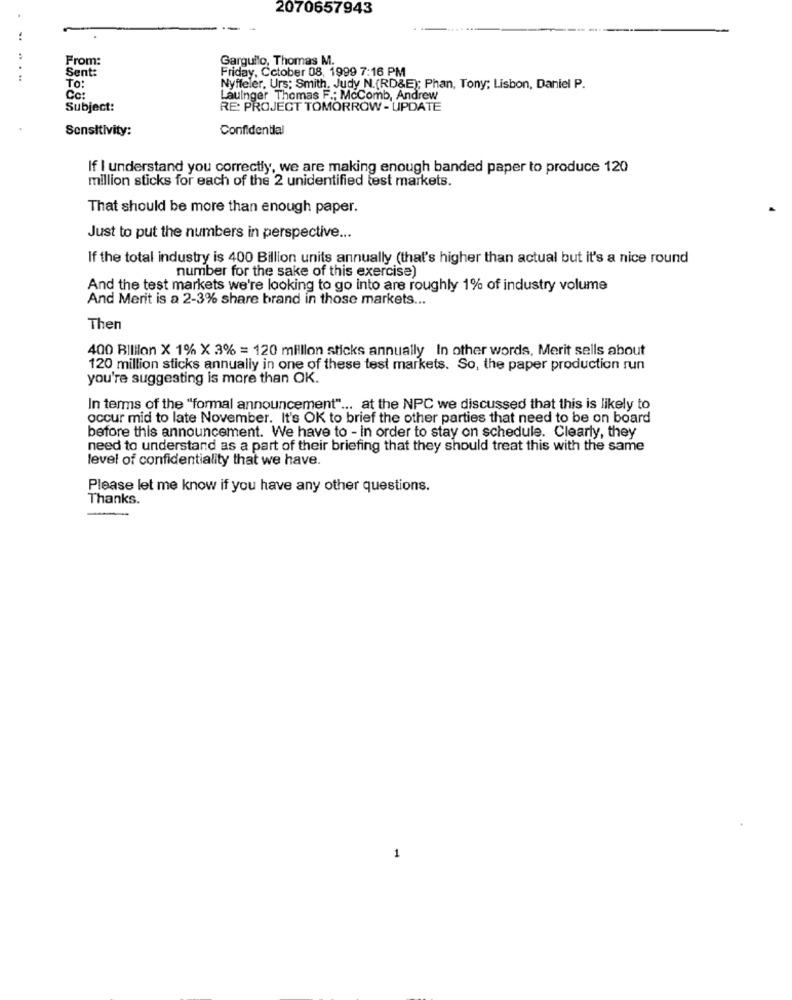
2070657943
:
From:
Garguilo, Thomas M.
Sent:
Friday, Cctober 08, 1999 7:16 PM
:
To:
Nyffeler, Urs; Smith, Judy N.(RD&E); Phan, Tony; Lisbon, Daniel P.
Co:
Lauinger Thomas F .: McComb, Andrew
Subject:
RE: PROJECT TOMORROW - UPDATE
Sensitivity:
Confidential
If I understand you correctly, we are making enough banded paper to produce 120
million sticks for each of the 2 unidentified test markets.
That should be more than enough paper.
Just to put the numbers in perspective ...
If the total industry is 400 Billion units annually (that's higher than actual but it's a nice round
number for the sake of this exercise)
And the test markets we're looking to go into are roughly 1% of industry volume
And Merit is a 2-3% share brand in those markets ...
Then
400 Billion X 1% X 3% = 120 million sticks annually In other words, Merit sells about
120 million sticks annually in one of these test markets. So, the paper production run
you're suggesting is more than OK.
In terms of the "formal announcement" ... at the NPC we discussed that this is likely to
occur mid to late November. It's OK to brief the other parties that need to be on board
before this announcement. We have to - in order to stay on schedule. Clearly, they
need to understand as a part of their briefing that they should treat this with the same
level of confidentiality that we have.
Please let me know if you have any other questions.
Thanks.